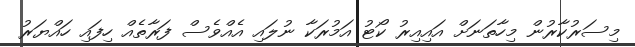
މިސަރުކާރުން މިހާތަނަށް އައިއިރު ކޯޓު އަމުރަކާ ނުލައި އެއްވެސް ފަރާތެއް ހިފައި ހައްޔަރު